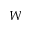
W